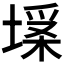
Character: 𡏪